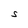
Character: S